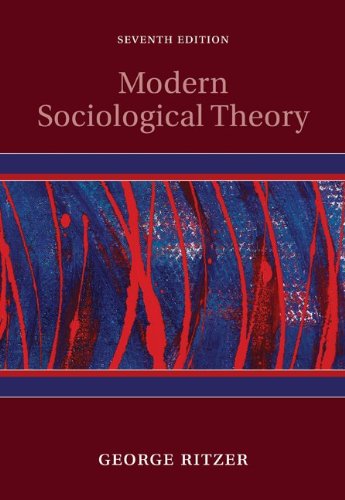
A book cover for Modern Sociological Theory; George Ritzer; Politics & Social Sciences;